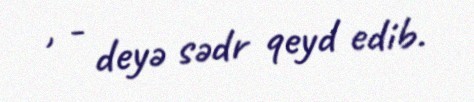
, - deyə sədr qeyd edib.